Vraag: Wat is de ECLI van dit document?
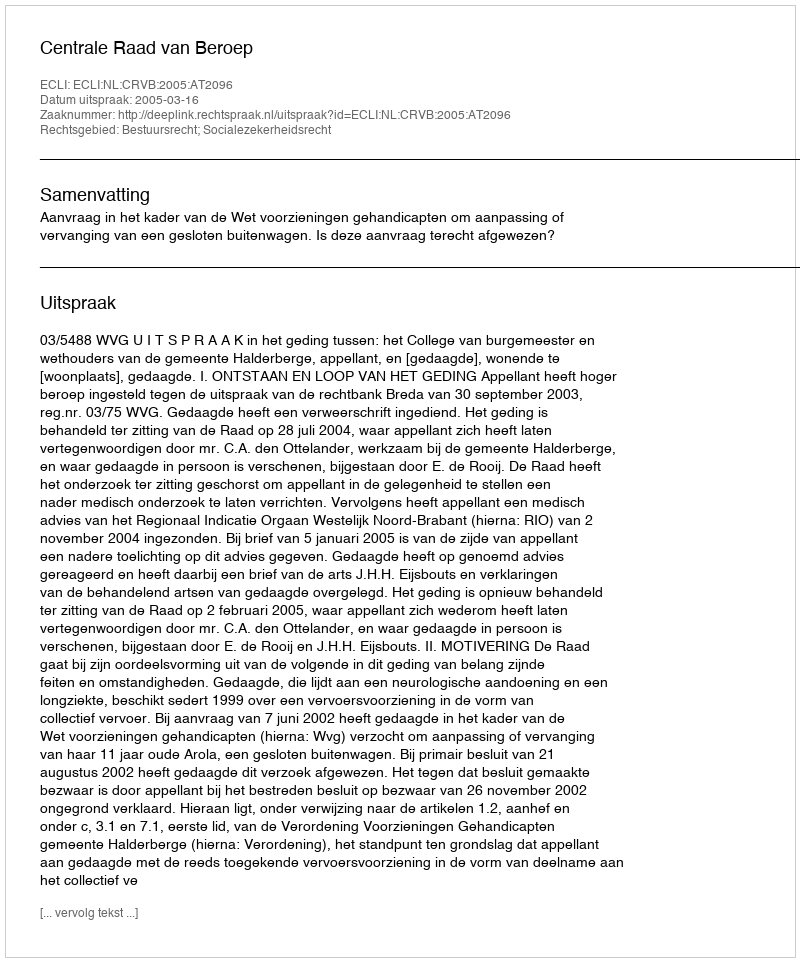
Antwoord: ECLI:NL:CRVB:2005:AT2096